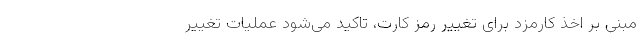
مبنی بر اخذ کارمزد برای تغییر رمز کارت، تاکید می‌شود عملیات تغییر